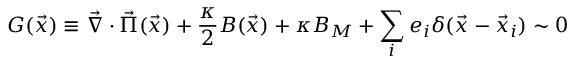
G ( \vec { x } ) \equiv \vec { \nabla } \cdot \vec { \Pi } ( \vec { x } ) + \frac { \kappa } { 2 } B ( \vec { x } ) + \kappa B _ { M } + \sum _ { i } e _ { i } \delta ( \vec { x } - \vec { x } _ { i } ) \sim 0